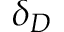
\delta _ { D }